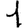
Digit: 1